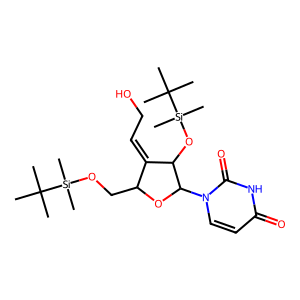
SMILES: CC(C)(C)[Si](C)(C)OCC1OC(n2ccc(=O)[nH]c2=O)C(O[Si](C)(C)C(C)(C)C)C1=CCO
Inhibits HIV replication: No